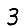
Digit: 3